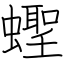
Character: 蟶